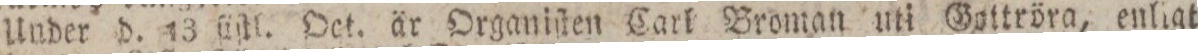
Under d. 13 ſiſtl. Oct. är Organiſten Carl Broman uti Gottröra, enligt